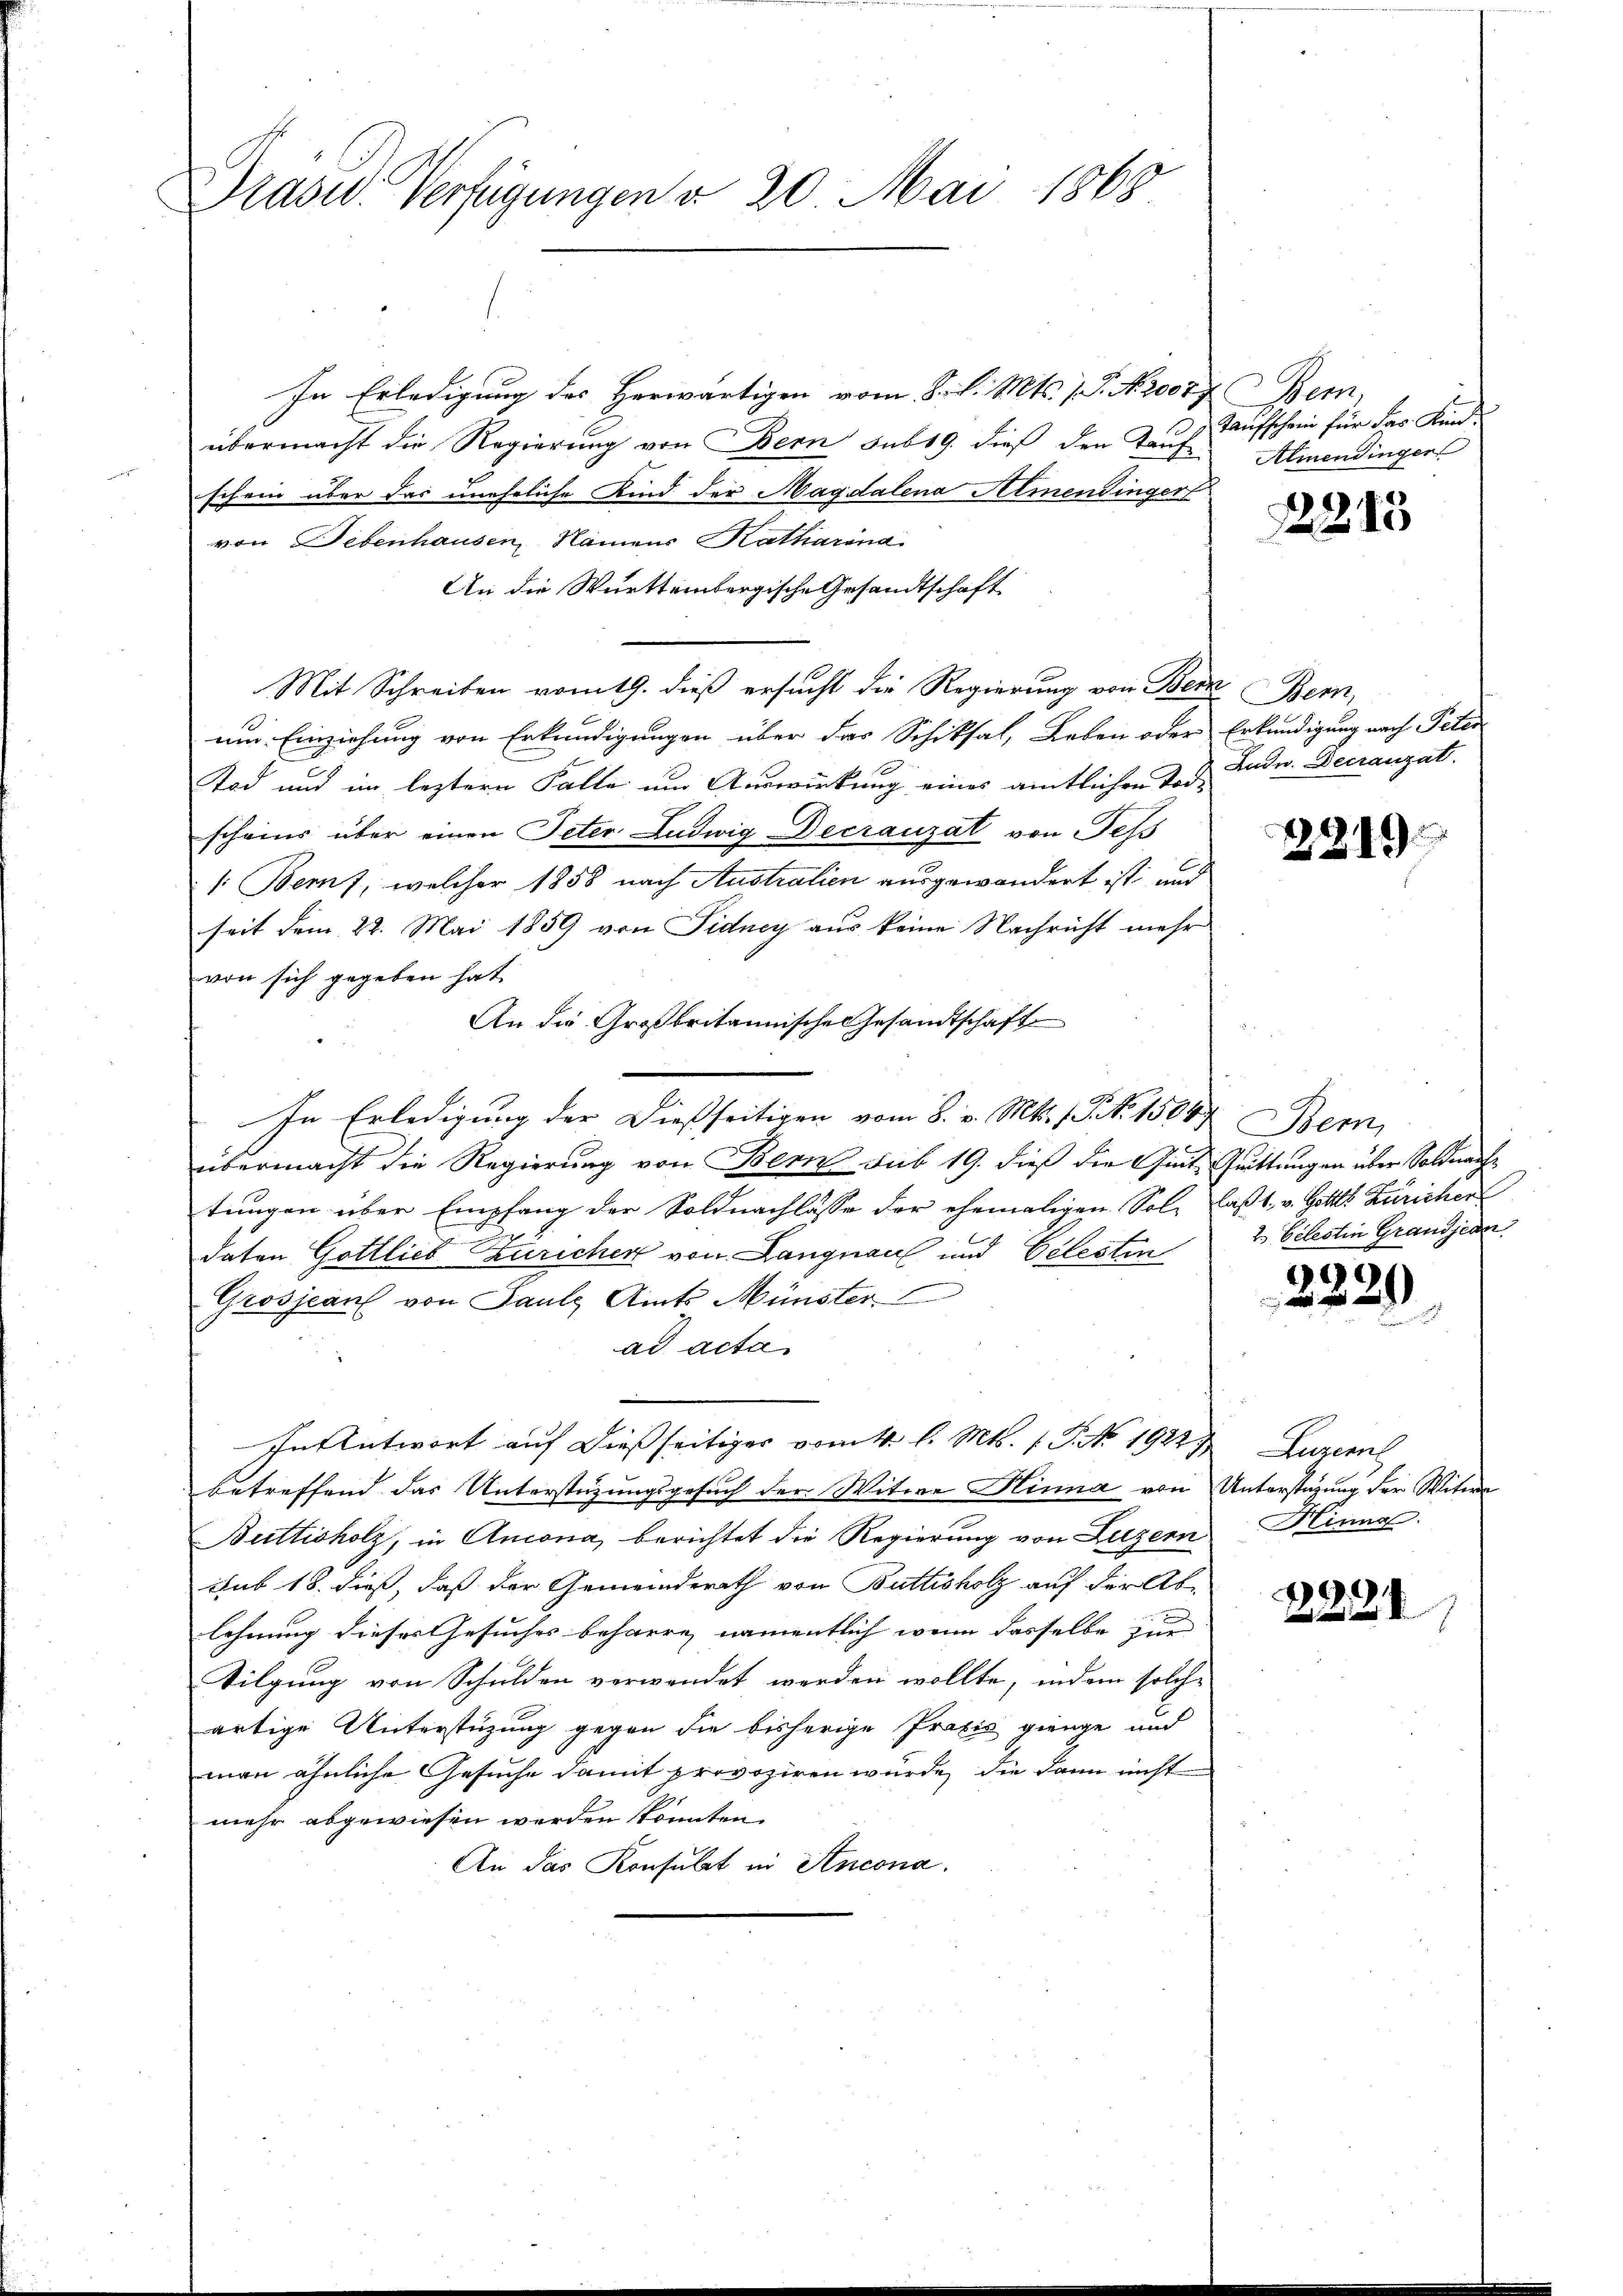
Grasid. Verfügungen v. 20. Mai 1868

In Erledigung des Herwärtigen vom 8. d. Mts. 1 S. No. 2007
übermacht die Regierung von Bern sub 19. dieß den Taufe
schein aber das uneheliche Kind der Magdalena Almendinger
von Debenhausen Namens Katharina
An die Württembergische Gesandtschaft
Mit Schreiben vom 19. dieß ersucht die Regierung von Bern Bern,
um Einziehung von Erkundigungen über das Schiksal, Leben oder Erkundigung nach Peter
Tod und im leztern Falle um Auswirkung eines amtlichen d. d. Ludw. Decranzat.
scheins über einen Peter Ludwig Decrauzat von Tess
1: Beruf, welcher 1858 nach Australien ausgewandert ist und
seit dem 22. Mai 1859 von Fidney aus keine Nachricht mehr
von sich gegeben hat.
An die Großbritannische Gesandtschaft
In Erledigung der dießseitigen vom 8. v. Mts. (Tit. 15044. Bern,
übermacht die Regierung von Bern sub 19. dieß die Gut Guittungen über Soldnachtungen über Empfang der Soldnachlasse der ehemaligen Sol- laßt, v. Gottes Züricher
daton Gottlieb Zuricher von Langnau und Celesten
Grosjean von Pauls Amts Münster
ad acta
In Antwort auf dießseitiges vom 4. l. Mts. f. P. No. 1922,
betreffend das Unterstüzungsgesuch der Witwe Hinna von Unterstüzung der Witwe
Buttisholz, in Ancona, berichtet die Regierung von Luzern
sub 18. dieß, daß der Gemeinderath von Buttisholz auf der Ablehnung dieses Gesuches beharre, namentlich wenn dasselbe zur
Tilgung von Schulden verwendet werden wollte, indem solche
artige Unterstüzung gegen die bisherige Praxis gienge und
man ähnliche Gesuche damit provoziren würde, die dann nicht
mehr abgewiesen werden könnten.
An das Konsulat in Ancona.

em
Taufschrein für Sr. Kind¬
Almendinger

2215

2219

2. Celestin Grandjean

2229

Luzern
Hinng.

2224